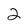
Character: 2